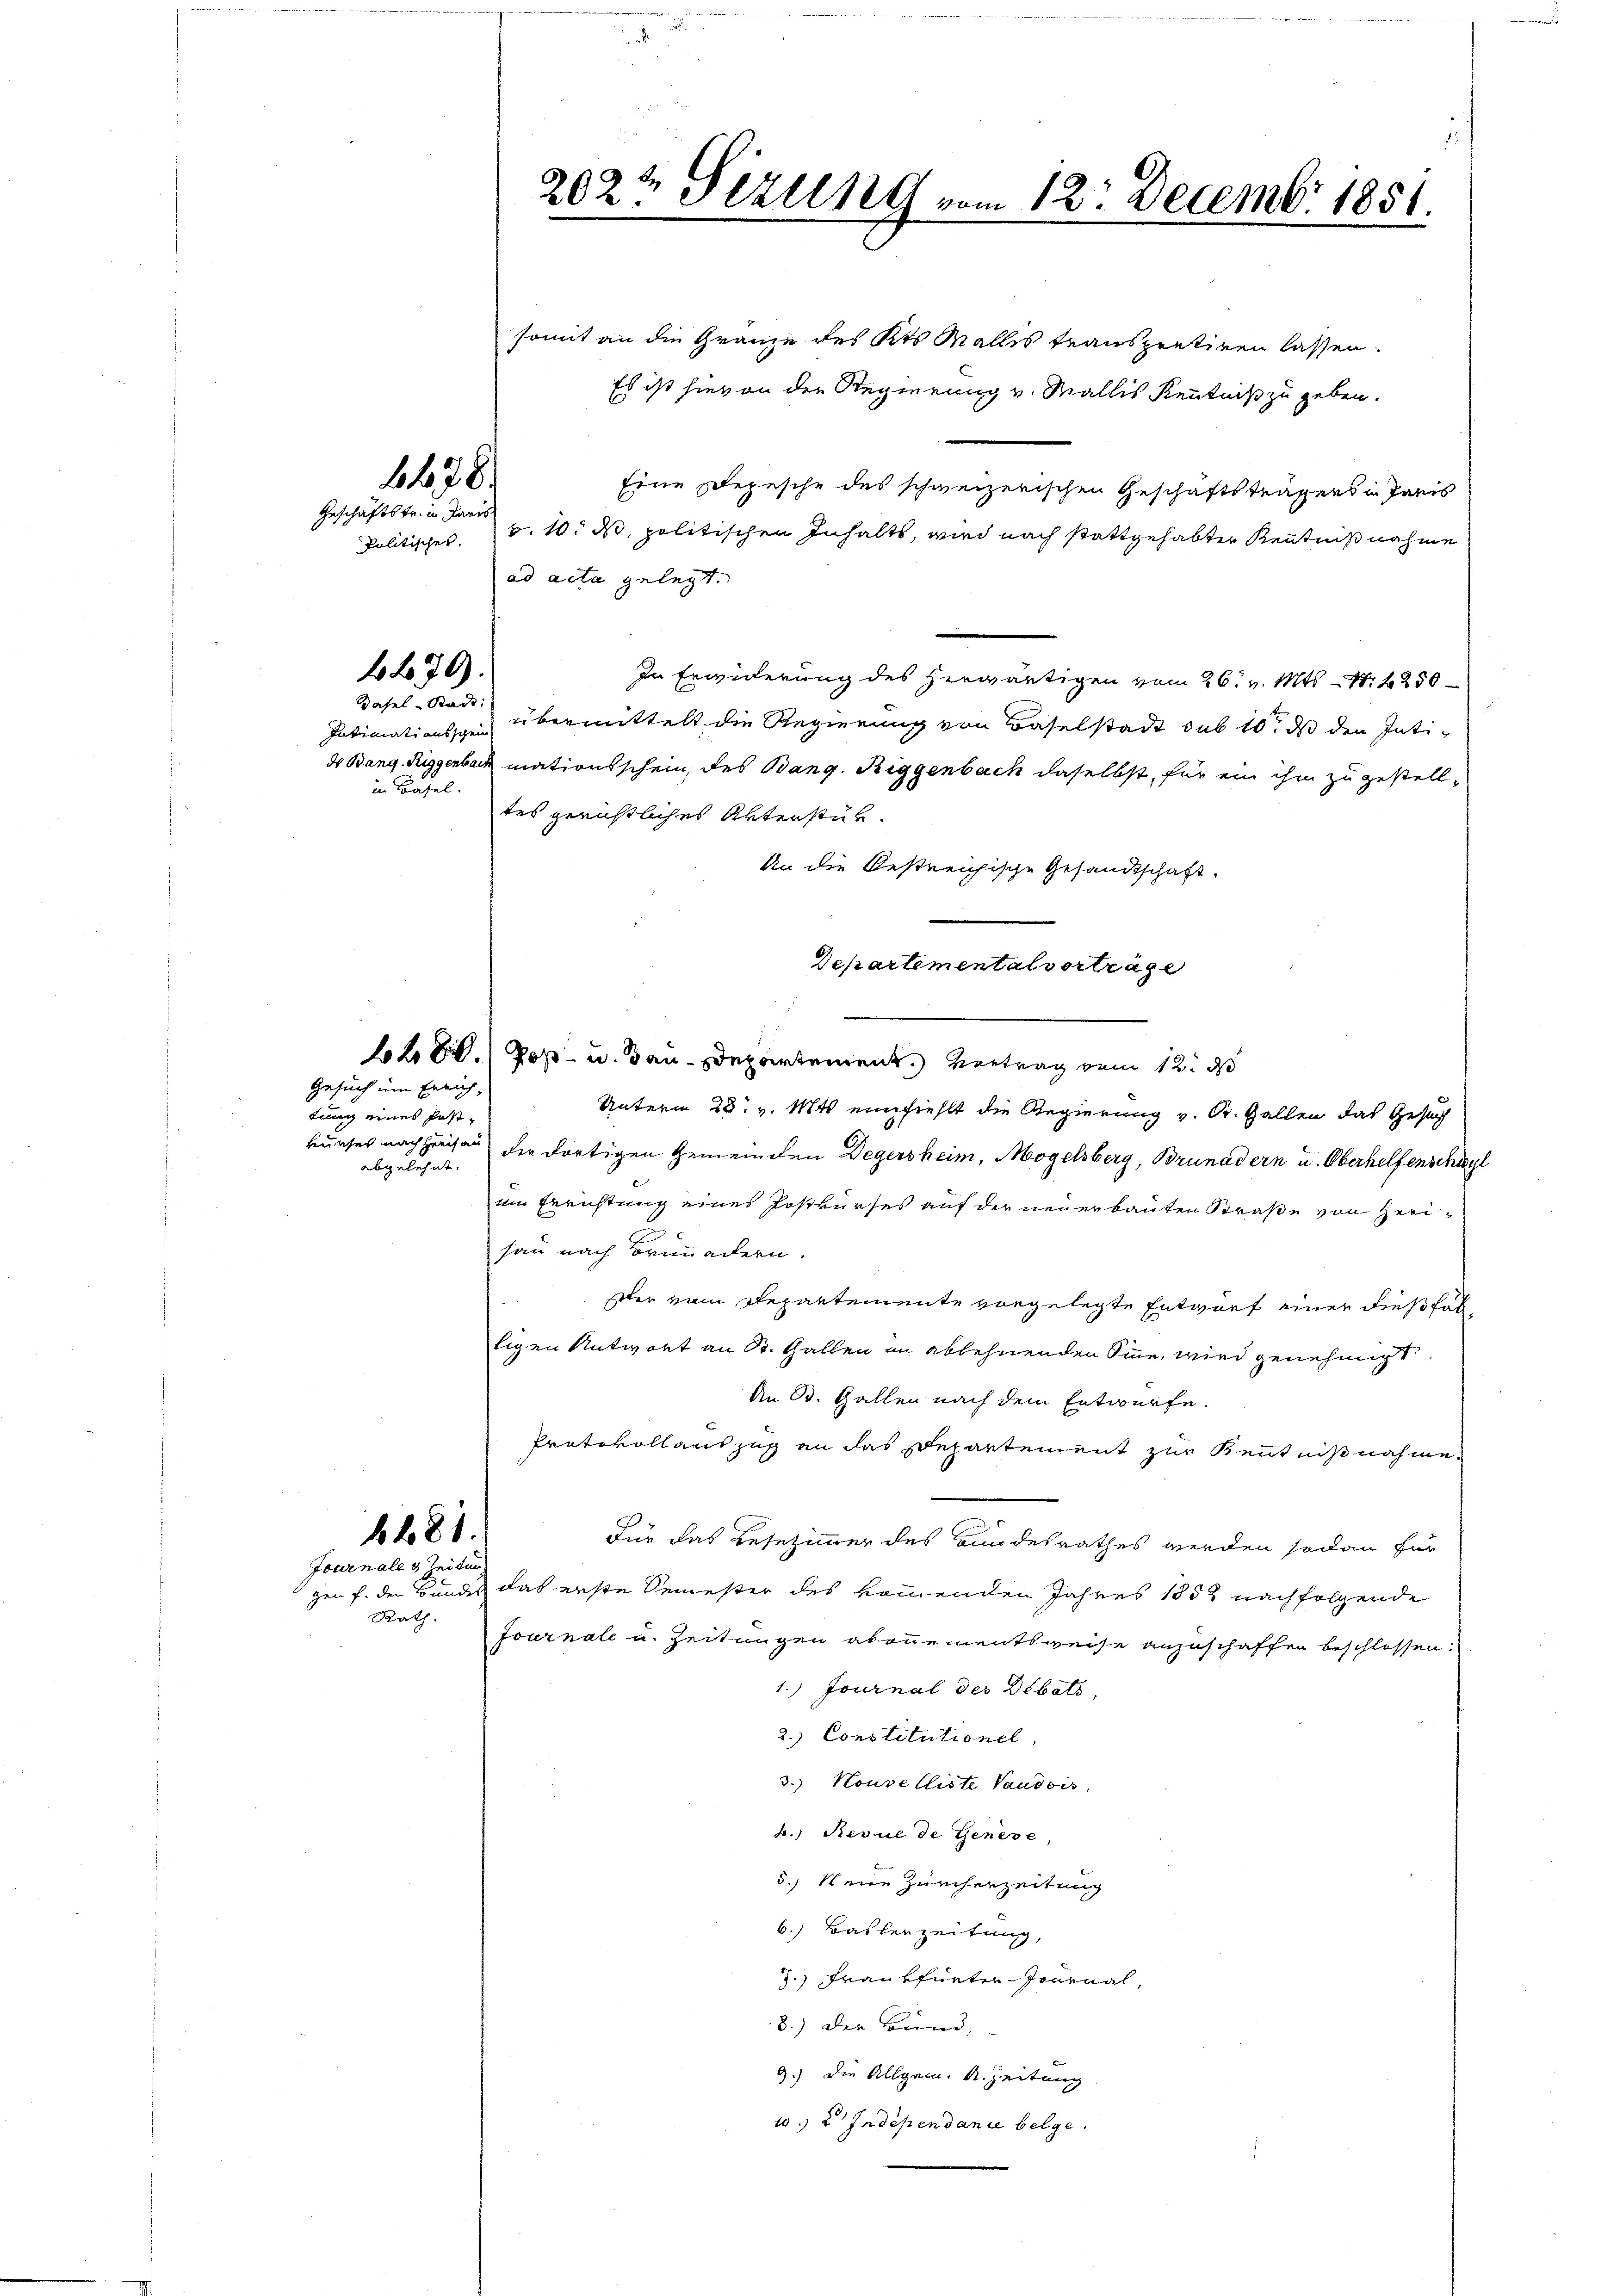
1678.

Geschäftstr. in Paris

4470.

Basel-Stadt:

Gesuch um Errich,
tung eines Postabgelehnt.

somit an die Gränze des Kts Malles transportiren lassen.
Es ist hievon der Regierung v. Wallis Kenntniß zu geben.
Eine Depesche des schweizerischen Geschäftsträgers in Paris
Politisches. v. 10. d. politischen Inhalts, wird nach stattgehabter Kenntnißnahme
ad acta gelegt.
In Erwiderung des herwärtigen vom 26. v. Mts. N. 4250
Intimationsard übermittelt die Regierung von Baselstadt sub 10t ds den Intids Bang. Riggenbach mationsschein, des Bang. Riggenbach daselbst, für ein ihm zu gestelltes gerichtliches Unterstük¬
An die bestreichische Gesandtschaft.
Departemental vorträge
28. Post- u. dan Departement. Vertrag vom 12. d
Unterm 23. v. Mts. einfiehlt die Regierung v. St. Gallen das Gesuch
kuches nachherisau der dortigen Gemeinden Degersheim, Mogelsberg, Brunadern u. Oberhelfenschayl
ei Errichtung eines Postkurses auf der neuerbauten Straße von Herisau nach Brünnadern.
ster vom Repartemente vorgelegte Entwurf einer dießfälligen Antwort an St. Gallen in ablehnenden Sine, wird genehmigt
An B. Gallen nach dem Entwurfe.
Protokoll auszug an das Departement zur Kenntnißnahme¬
681.
Für das Resezimmer des Bundesrathes werden sodann für
Journales Zeitun
gen f. den Bundes das erste Semester des kommenden Jahres 1852 nachfolgende
Rath.
Journale u. Zeitungen abonnementsweise anzuschaffen beschlossen:
1.) Journal des Debats
2.) Constitutionel
3.) Nouvelliste Vaudois,
4.) Revue de Genese,
5.) Neue Zürcherzeitung
6.) Baslerzeitung,
3.) Frankfurten Journal,
8.) Der Bund,
9.) Die Allgem. R. Zeitung
10. 2. Indépendanie belge.

in Basel.

202½ Sizung vom 12. Decembr 1851.